Report of the Imperial Institute of Veterinary Research, Muktesar
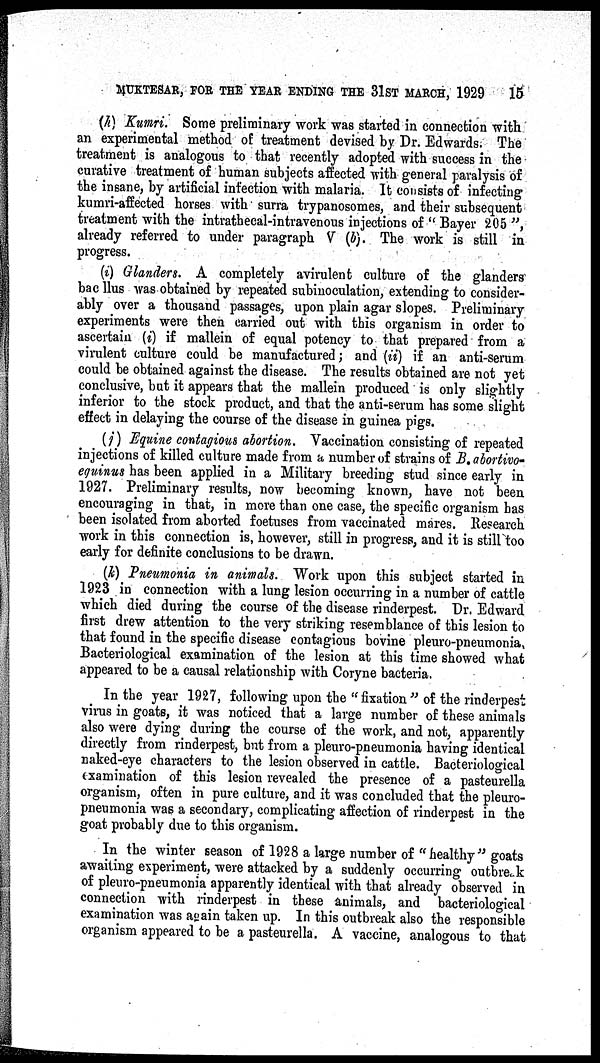
MUKTESAR, FOR THE YEAR ENDING THE 31ST MARCH, 1929
15
(h) Kumri. Some preliminary work was started in connection with
an experimental method of treatment devised by Dr. Edwards. The
treatment is analogous to that recently adopted with success in the
curative treatment of human subjects affected with general paralysis of
the insane, by artificial infection with malaria. It consists of infecting
kumri-affected horses with surra trypanosomes, and their subsequent
treatment with the intrathecal-intravenous injections of "Bayer 205",
already referred to under paragraph V (b). The work is still in
progress.
(i) Glanders. A completely avirulent culture of the glanders
bac llus was obtained by repeated subinoculation, extending to consider-
ably over a thousand passages, upon plain agar slopes. Preliminary
experiments were then carried out with this organism in order to
ascertain (i) if mallein of equal potency to that prepared from a
virulent culture could be manufactured; and (ii) if an anti-serum
could be obtained against the disease. The results obtained are not yet
conclusive, but it appears that the mallein produced is only slightly
inferior to the stock product, and that the anti-serum has some slight
effect in delaying the course of the disease in guinea pigs.
(j) Equine contagious abortion. Vaccination consisting of repeated
injections of killed culture made from a number of strains of B. abortivo-
equinus has been applied in a Military breeding stud since early in
1927. Preliminary results, now becoming known, have not been
encouraging in that, in more than one case, the specific organism has
been isolated from aborted foetuses from vaccinated mares. Research
work in this connection is, however, still in progress, and it is still too
early for definite conclusions to be drawn.
(k) Pneumonia in animals. Work upon this subject started in
1923 in connection with a lung lesion occurring in a number of cattle
which died during the course of the disease rinderpest. Dr. Edward
first drew attention to the very striking resemblance of this lesion to
that found in the specific disease contagious bovine pleuro-pneumonia,
Bacteriological examination of the lesion at this time showed what
appeared to be a causal relationship with Coryne bacteria.
In the year 1927, following upon the "fixation " of the rinderpest
virus in goats, it was noticed that a large number of these animals
also were dying during the course of the work, and not, apparently
directly from rinderpest, but from a pleuro-pneumonia having identical
naked-eye characters to the lesion observed in cattle. Bacteriological
examination of this lesion revealed the presence of a pasteurella
organism, often in pure culture, and it was concluded that the pleuro-
pneumonia was a secondary, complicating affection of rinderpest in the
goat probably due to this organism.
In the winter season of 1928 a large number of "healthy" goats
awaiting experiment, were attacked by a suddenly occurring outbreak
of pleuro-pneumonia apparently identical with that already observed in
connection with rinderpest in these animals, and bacteriological
examination was again taken up. In this outbreak also the responsible
organism appeared to be a pasteurella. A vaccine, analogous to that